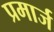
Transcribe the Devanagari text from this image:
प्रमार्ज